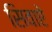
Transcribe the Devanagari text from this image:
सिवाऐ